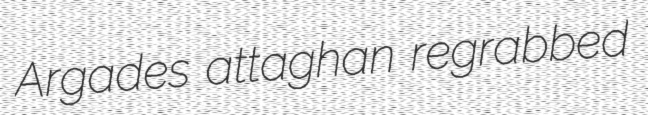
Argades attaghan regrabbed